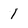
Character: 1